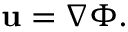
\mathbf { u } = \nabla \Phi .